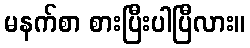
မနက်စာ စားပြီးပါပြီလား။